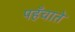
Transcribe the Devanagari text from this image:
पहँचाते